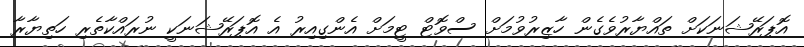
އޮޕަރޭޝަނަކަށް ތައްޔާރުވެގެން ހާޒިރުވުމަށް ސްވޮޓް ޓީމަށް އެންގިއިރު އެ އޮޕަރޭޝަނަކީ ނުރައްކާތެރި ހަތިޔާރާ